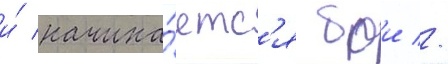
и́ начина́етс'я бои //